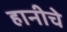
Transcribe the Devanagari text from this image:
हानीचे